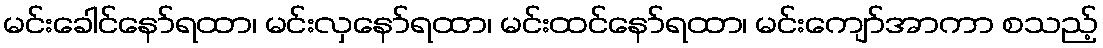
မင်းခေါင်နော်ရထာ၊ မင်းလှနော်ရထာ၊ မင်းထင်နော်ရထာ၊ မင်းကျော်အာကာ စသည့်